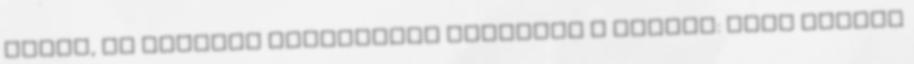
„Menj, és kiáltsd Jeruzsálem lakóinak a fülébe: »Ezt mondja